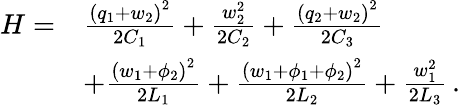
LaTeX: \begin{array}{rl}{H=}&{\frac{{\left(q_{1}+w_{2}\right)}^{2}}{2C_{1}}+\frac{w_{2}^{2}}{2C_{2}}+\frac{{\left(q_{2}+w_{2}\right)}^{2}}{2C_{3}}}\\ &{+\frac{{\left(w_{1}+\phi_{2}\right)}^{2}}{2L_{1}}+\frac{{\left(w_{1}+\phi_{1}+\phi_{2}\right)}^{2}}{2L_{2}}+\frac{w_{1}^{2}}{2L_{3}}\, .}\end{array}